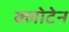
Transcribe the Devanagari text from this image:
क्लोटेन